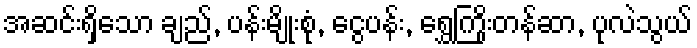
အဆင်းရှိသော ချည်, ပန်းမျိုးစုံ, ငွေပန်း, ရွှေကြိုးတန်ဆာ, ပုလဲသွယ်